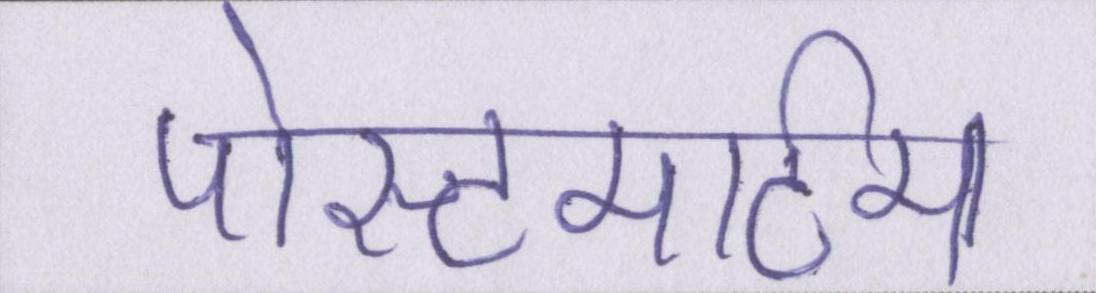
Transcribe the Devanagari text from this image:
पोस्टमार्टम